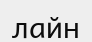
лайн